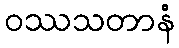
ဝဿသတာနံ